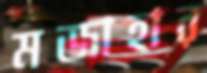
মজাহার